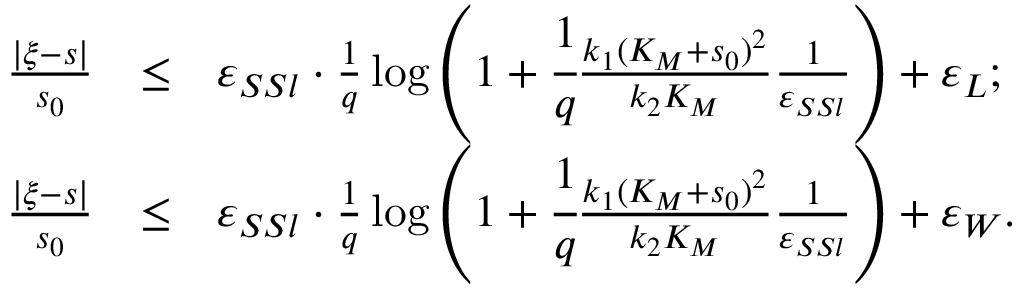
\begin{array} { r c l } { \frac { | \xi - s | } { s _ { 0 } } } & { \leq } & { \varepsilon _ { S S l } \cdot \frac { 1 } { q } \log \left( 1 + \cfrac { 1 } { q } \frac { k _ { 1 } ( K _ { M } + s _ { 0 } ) ^ { 2 } } { k _ { 2 } K _ { M } } \frac { 1 } { \varepsilon _ { S S l } } \right) + \varepsilon _ { L } ; } \\ { \frac { | \xi - s | } { s _ { 0 } } } & { \leq } & { \varepsilon _ { S S l } \cdot \frac { 1 } { q } \log \left( 1 + \cfrac { 1 } { q } \frac { k _ { 1 } ( K _ { M } + s _ { 0 } ) ^ { 2 } } { k _ { 2 } K _ { M } } \frac { 1 } { \varepsilon _ { S S l } } \right) + \varepsilon _ { W } . } \end{array}